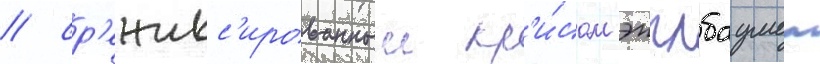
/ ср'ежисс'ированныи кр'и́сом эпплбаумом